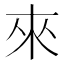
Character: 來